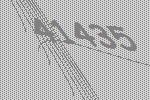
41435